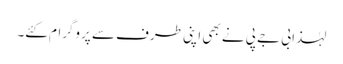
لہٰذا بی جے پی نے بھی اپنی طرف سے پروگرام کئے۔